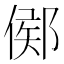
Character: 鄇